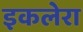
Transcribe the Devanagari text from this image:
इकलेरा